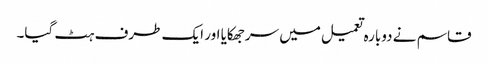
قاسم نے دوبارہ تعمیل میں سرجھکایا اور ایک طرف ہٹ گیا۔